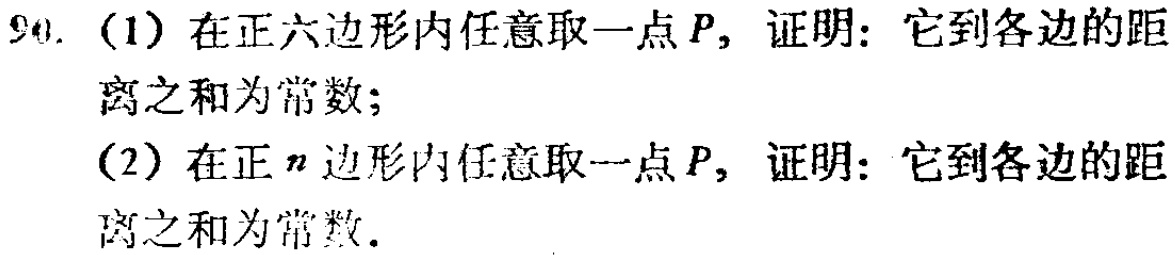
90. (1) 在正六边形内任意取一点\(P\)，证明：它到各边的距离之和为常数；
(2) 在正\(n\)边形内任意取一点\(P\)，证明：它到各边的距离之和为常数.